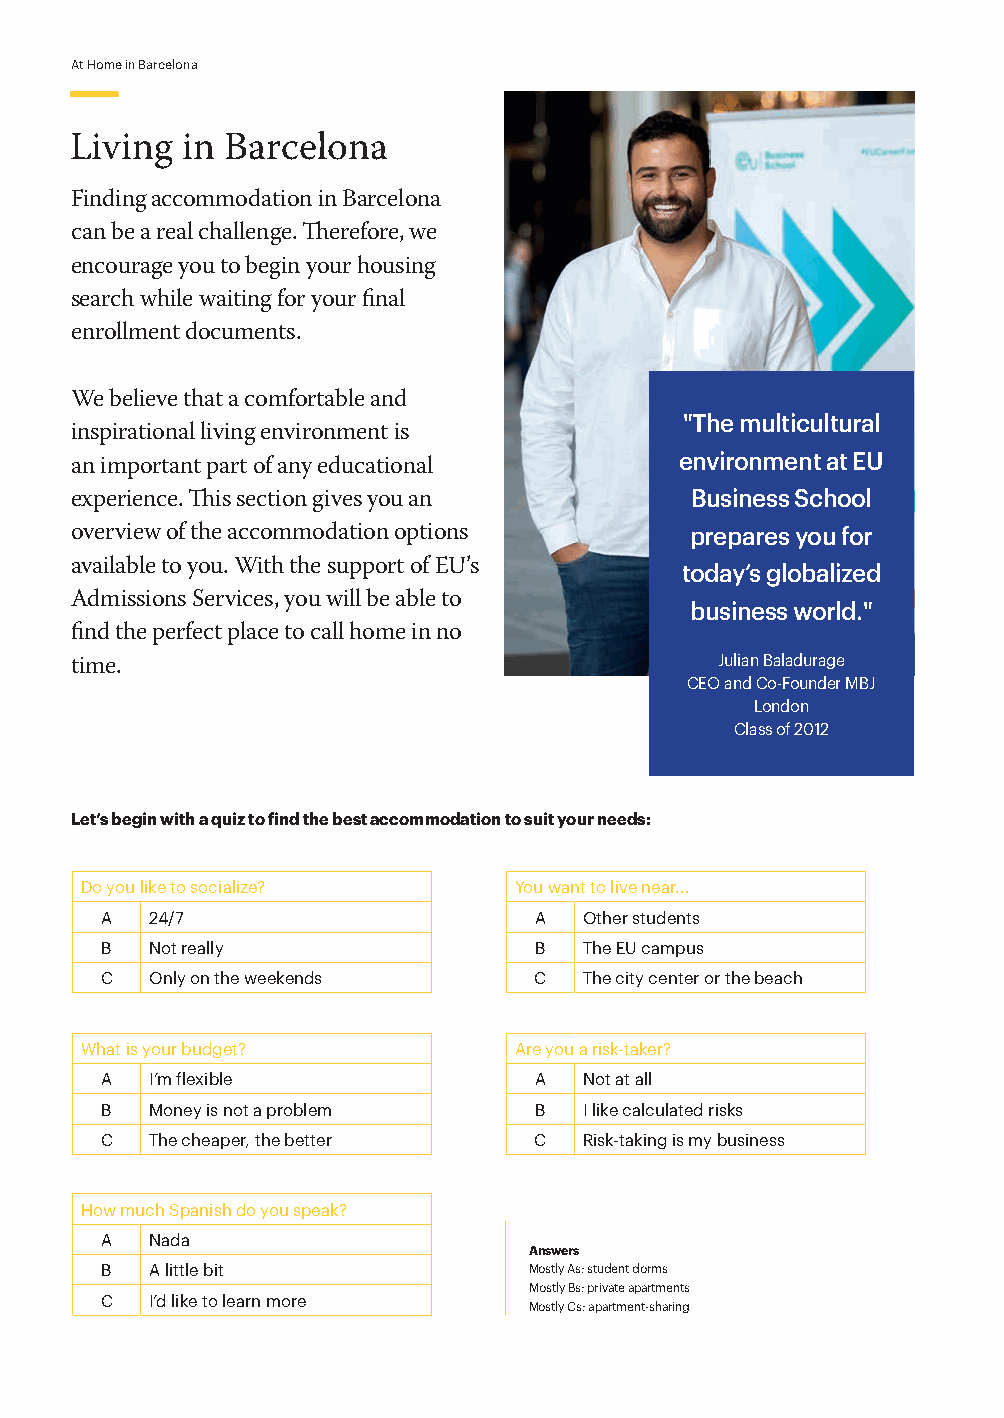
At Home in Barcelona
 Living in Barcelona
 Finding accommodation in Barcelona
 can be a real challenge. Therefore, we
 encourage you to begin your housing
 search while waiting for your final
 enrollment documents.
 We believe that a comfortable and
 "The multicultural
 inspirational living environment is
 environment at EU
 an important part of any educational
 Business School
 experience. This section gives you an
 overview of the accommodation options    prepares you for
 available to you. With the support of EU’s today’s globalized
 Admissions Services, you will be able to business world."
 find the perfect place to call home in no
 Julian Baladurage
 time.
 CEO and Co-Founder MBJ
 London
 Class of 2012
 Let’s begin with a quiz to find the best accommodation to suit your needs:
 Do you like to socialize?    You want to live near...
 A  24/7                     A   Other students
 B  Not really               B   The EU campus
 C  Only on the weekends     C   The city center or the beach
 What is your budget?         Are you a risk-taker?
 A  I’m flexible             A   Not at all
 B  Money is not a problem   B   I like calculated risks
 C  The cheaper, the better  C   Risk-taking is my business
 How much Spanish do you speak?
 A  Nada
 Answers
 B  A little bit             Mostly As: student dorms
 Mostly Bs: private apartments
 C  I’d like to learn more
 Mostly Cs: apartment-sharing